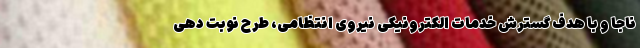
ناجا و با هدف گسترش خدمات الکترونیکی نیروی انتظامی، طرح نوبت دهی